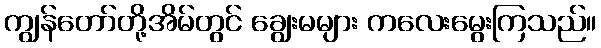
ကျွန်တော်တို့အိမ်တွင် ချွေးမများ ကလေးမွေးကြသည်။